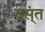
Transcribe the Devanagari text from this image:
बस्ंत